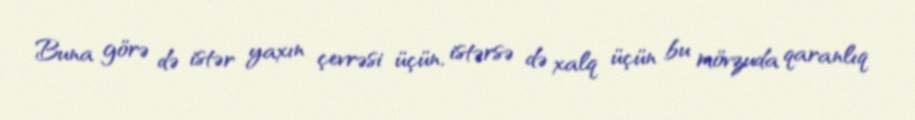
Buna görə də istər yaxın çevrəsi üçün, istərsə də xalq üçün bu mövzuda qaranlıq